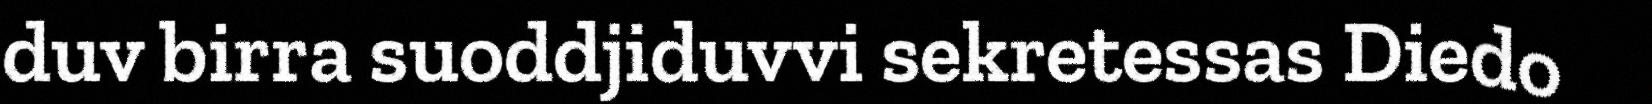
duv birra suoddjiduvvi sekretessas Diedo